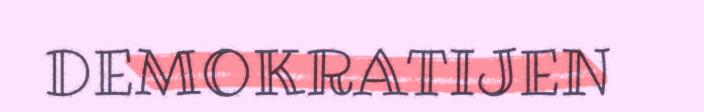
DEMOKRATIJEN